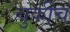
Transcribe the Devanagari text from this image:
चुकीचं